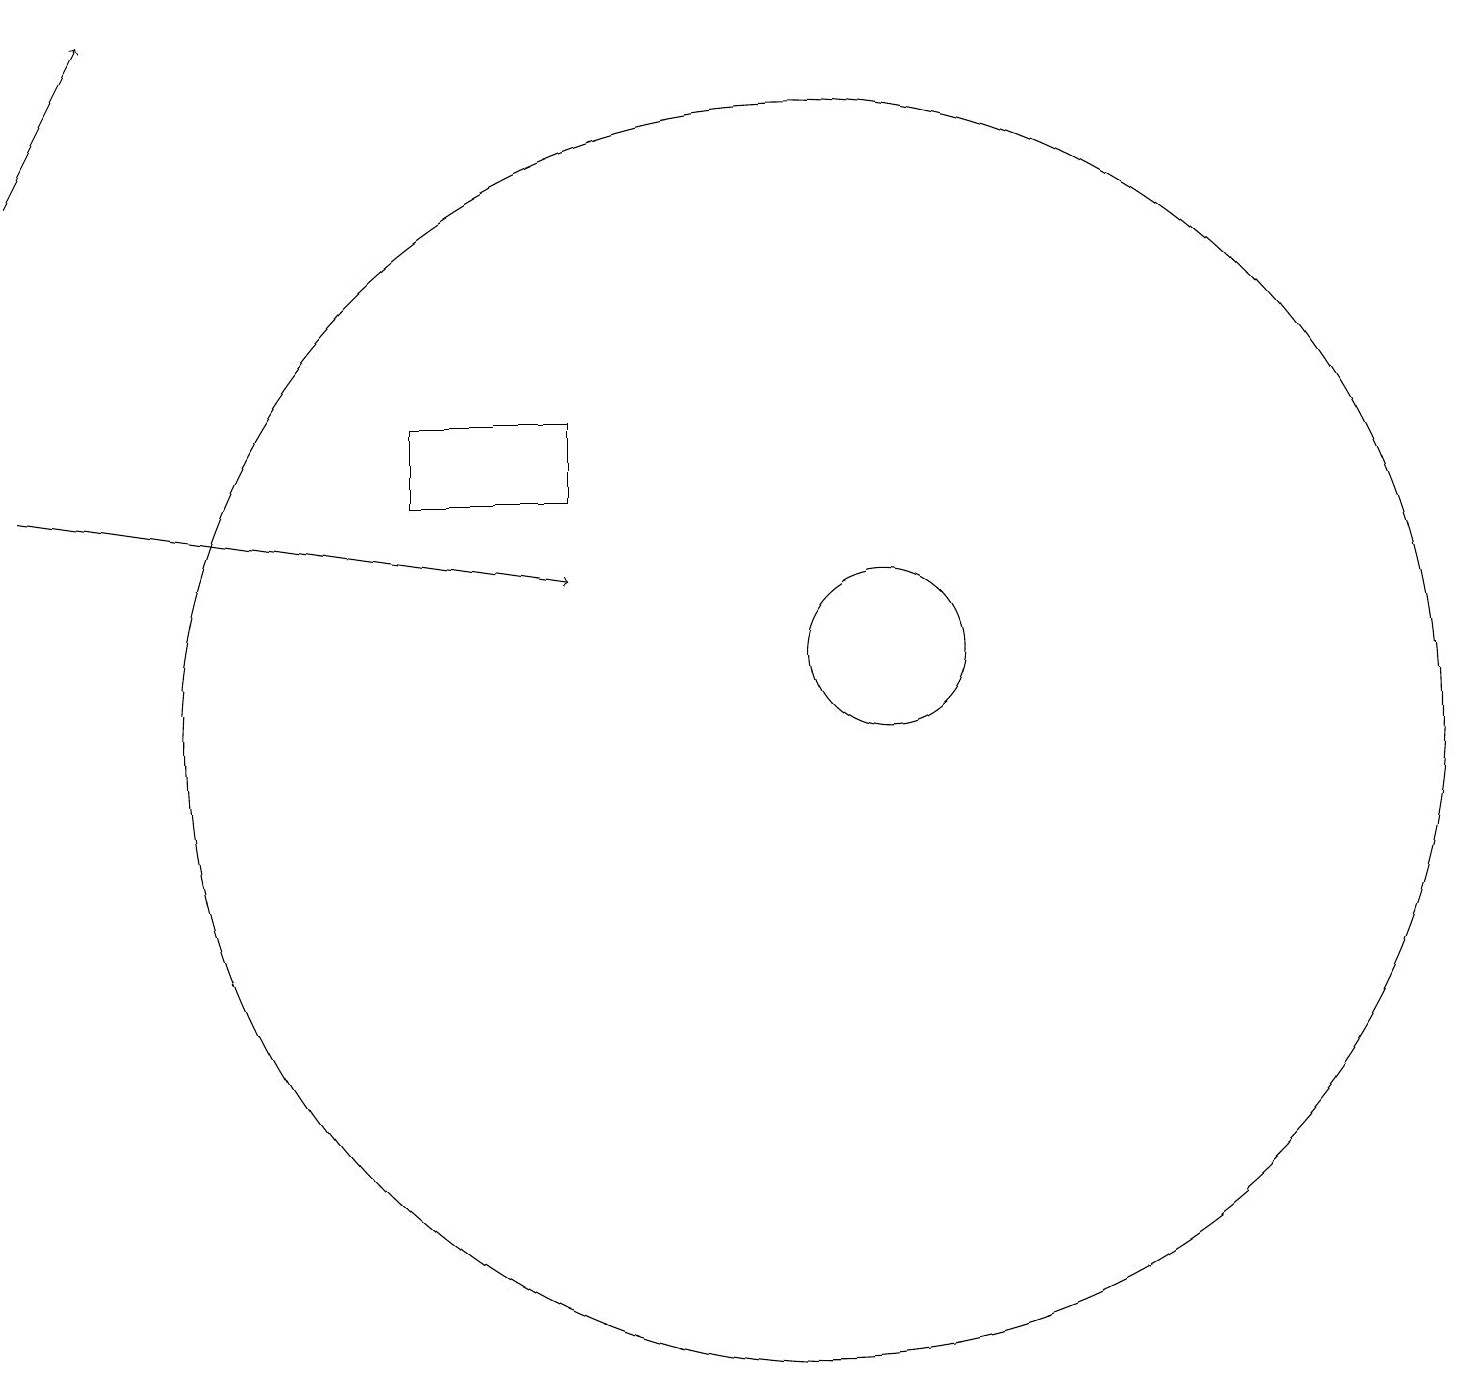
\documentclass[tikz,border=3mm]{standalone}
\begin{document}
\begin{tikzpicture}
\draw (5,14) rectangle (7,13);
\draw[->] (0,17) -- (1,19);
\draw[->] (0,13) -- (7,12);
\draw (10,10) circle (8);
\draw (11,11) circle (1);
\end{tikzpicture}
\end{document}